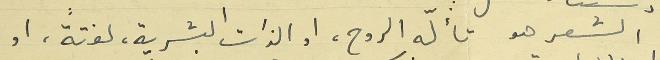
الشعر هو تألّه الروح، او الذات البشرية، لفتةً، او،